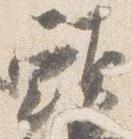
頭